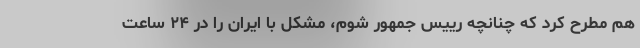
هم مطرح کرد که چنانچه رییس جمهور شوم، مشکل با ایران را در ۲۴ ساعت